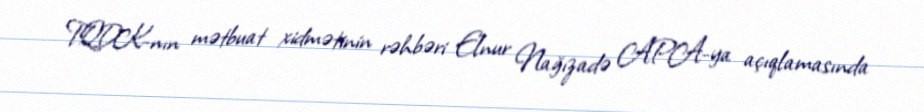
TQDK-nın mətbuat xidmətinin rəhbəri Elnur Nağızadə APA-ya açıqlamasında